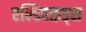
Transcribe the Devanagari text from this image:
एल्डिहाइड्स